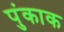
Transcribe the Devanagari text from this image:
पुंकाक